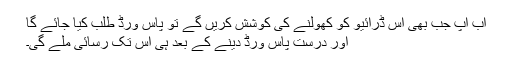
اب آپ جب بھی اس ڈرائیو کو کھولنے کی کوشش کریں گے تو پاس ورڈ طلب کیا جائے گا
اور درست پاس ورڈ دینے کے بعد ہی اس تک رسائی ملے گی۔